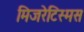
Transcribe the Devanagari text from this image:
मिजरेटिस्मस